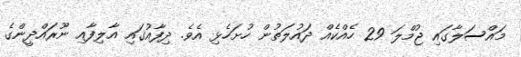
މައްސަލާގައި ޖުމްލަ 29 ހެއްކެއް ދައުލަތުން ހުށަހެޅި އެވެ. ދިފާއުގައި އާލިފާއި ނޫރައްދީންގެ